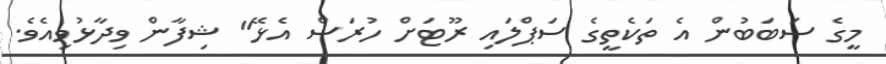
މީގެ ސަބަބުން އެ ތަކެތީގެ ސަޕްލައި ރޫޓަށް ހުރަސް އެޅޭ" ޝިފާން ވިދާޅުވިއެވެ.